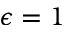
\epsilon = 1